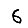
Digit: 6